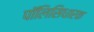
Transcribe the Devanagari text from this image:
पॉलिसिधारक